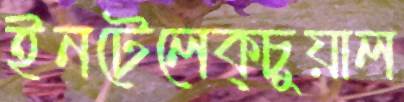
ইনটেলেক্চুয়াল